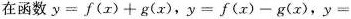
在函数$$y=f(x)+g(x)$$，$$y=f(x)-g(x)$$，y=